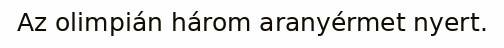
Az olimpián három aranyérmet nyert.